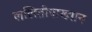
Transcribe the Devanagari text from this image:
ललितोपाख्यान